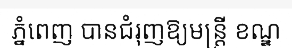
ភ្នំពេញ បានជំរុញឱ្យមន្ត្រី ខណ្ឌ